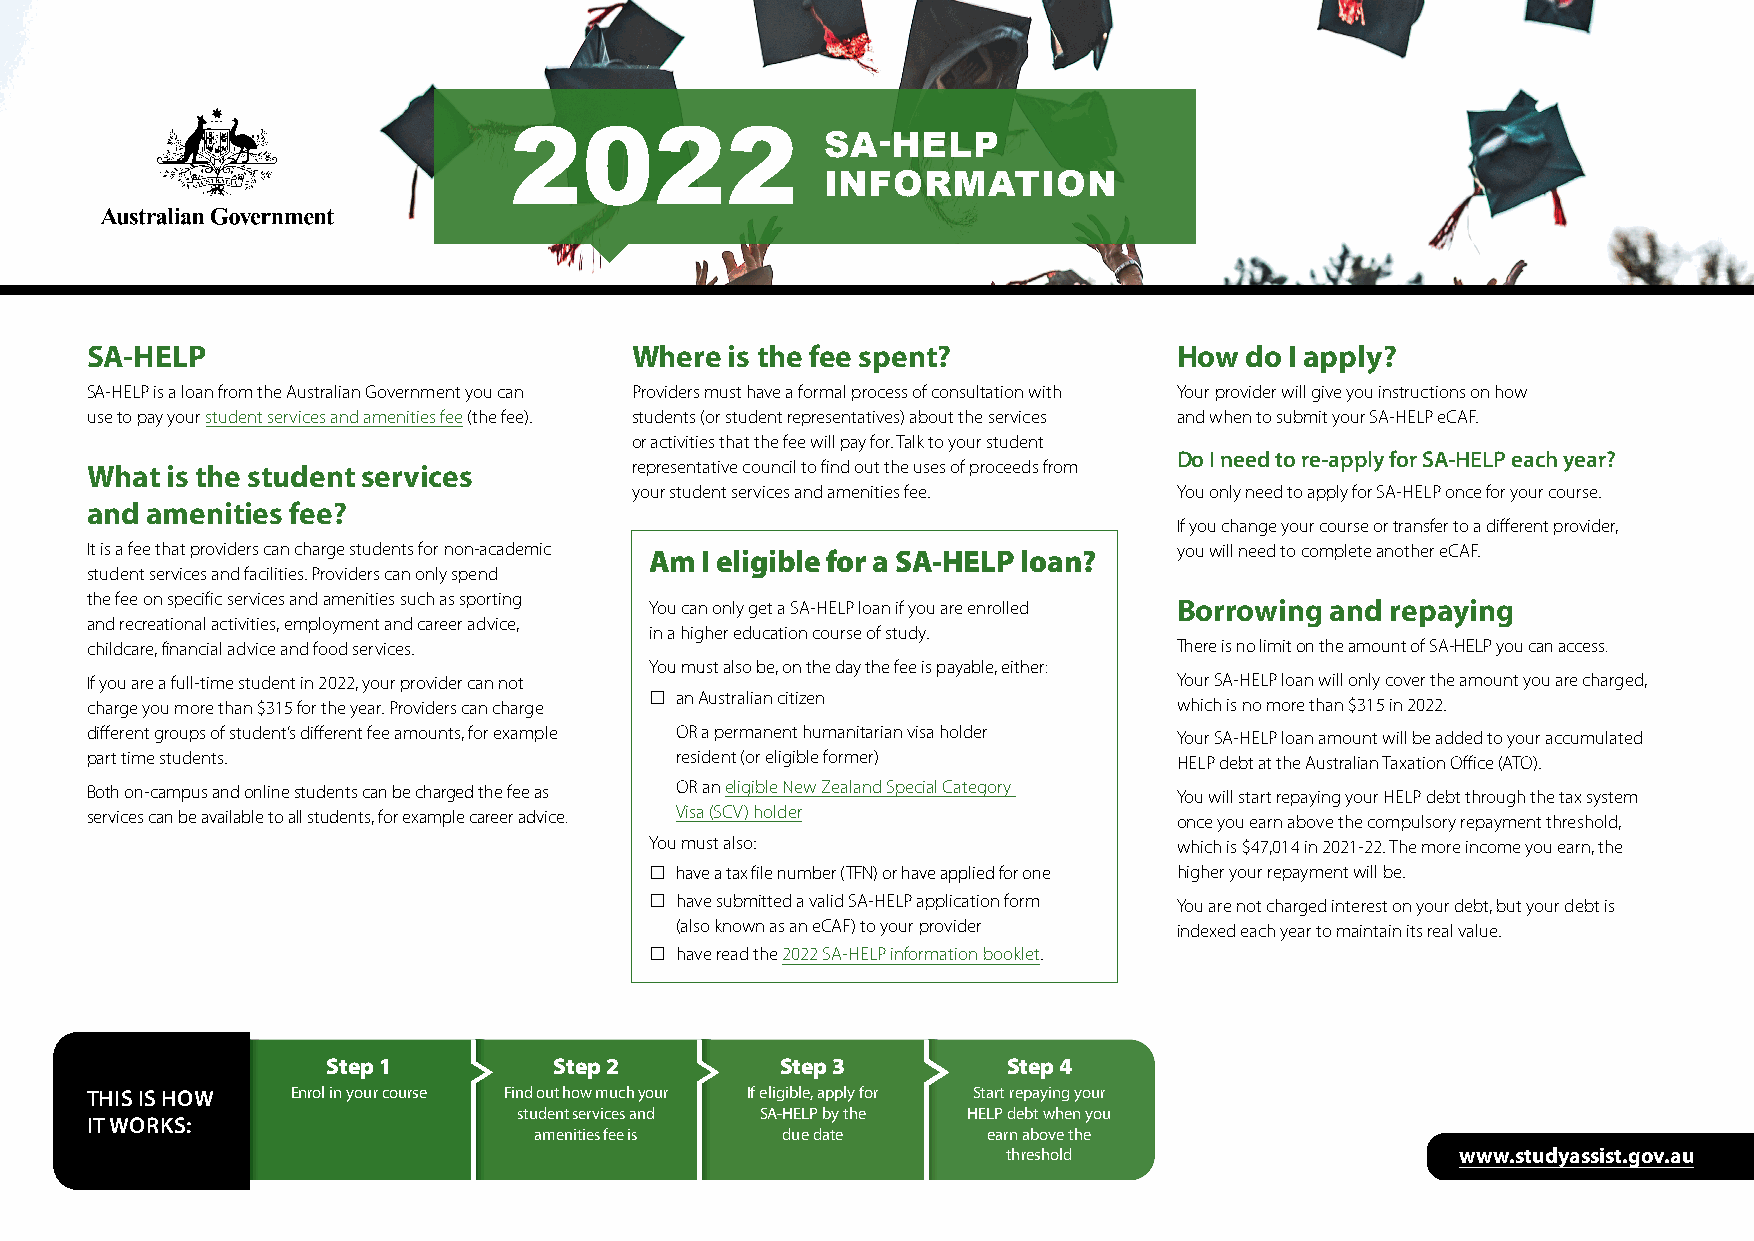
2022                 SA‑HELP
 INFORMATION
 SA-HELP                             Where is the fee spent?             How do I apply?
 SA-HELP is a loan from the Australian Government you can Providers must have a formal process of consultation with Your provider will give you instructions on how
 use to pay your student services and amenities fee (the fee). students (or student representatives) about the services and when to submit your SA-HELP eCAF.
 or activities that the fee will pay for. Talk to your student
 Do I need to re-apply for SA-HELP each year?
 What is the student services        representative council to find out the uses of proceeds from
 your student services and amenities fee. You only need to apply for SA-HELP once for your course.
 and amenities fee?
 If you change your course or transfer to a different provider,
 It is a fee that providers can charge students for non-academic Am I eligible for a SA-HELP loan? you will need to complete another eCAF.
 student services and facilities. Providers can only spend
 the fee on specific services and amenities such as sporting You can only get a SA-HELP loan if you are enrolled Borrowing and repaying
 and recreational activities, employment and career advice,
 in a higher education course of study.
 childcare, financial advice and food services.                          There is no limit on the amount of SA-HELP you can access.
 You must also be, on the day the fee is payable, either:
 If you are a full-time student in 2022, your provider can not           Your SA-HELP loan will only cover the amount you are charged,
 charge you more than $315 for the year. Providers can charge an Australian citizen which is no more than $315 in 2022.
 different groups of student’s different fee amounts, for example OR a permanent humanitarian visa holder Your SA-HELP loan amount will be added to your accumulated
 part time students.                    resident (or eligible former)    HELP debt at the Australian Taxation Office (ATO).
 Both on-campus and online students can be charged the fee as OR an eligible New Zealand Special Category You will start repaying your HELP debt through the tax system
 services can be available to all students, for example career advice. Visa (SCV) holder once you earn above the compulsory repayment threshold,
 You must also:                     which is $47,014 in 2021-22. The more income you earn, the
 have a tax file number (TFN) or have applied for one higher your repayment will be.
 have submitted a valid SA-HELP application form You are not charged interest on your debt, but your debt is
 (also known as an eCAF) to your provider indexed each year to maintain its real value.
 have read the 2022 SA-HELP information booklet.
 Step 1         Step 2         Step 3         Step 4
 THIS IS HOW  Enrol in your course Find out how much your If eligible, apply for Start repaying your
 student services and SA‑HELP by the HELP debt when you
 IT WORKS:
 amenities fee is due date     earn above the
 threshold                     www.studyassist.gov.au